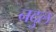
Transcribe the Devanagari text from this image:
नदुल